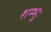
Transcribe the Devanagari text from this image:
शम्भुः